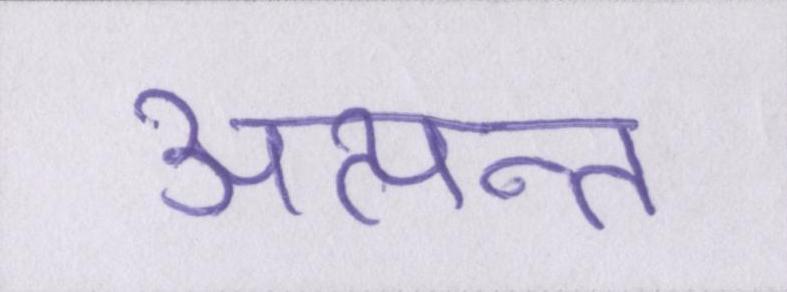
अत्यन्त